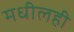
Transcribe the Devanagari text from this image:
मधीलही